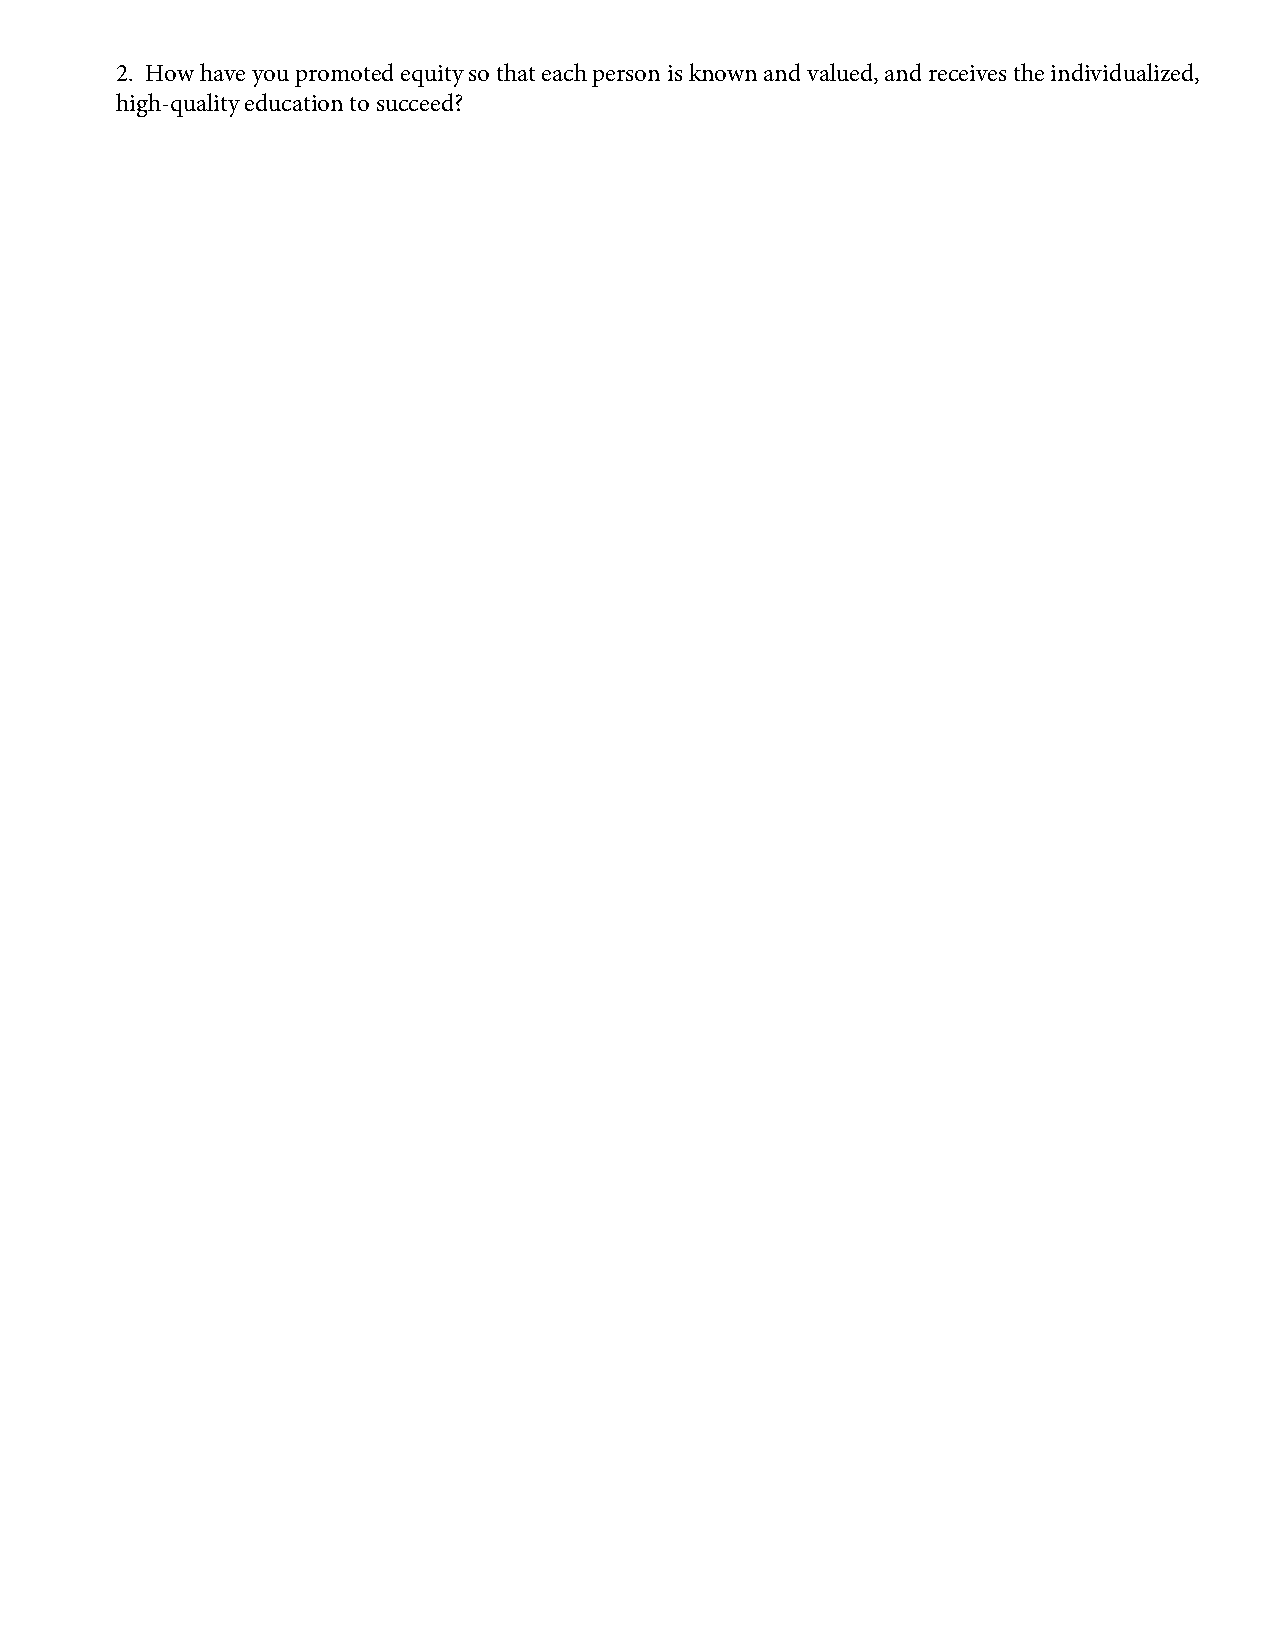
2. How have you promoted equity so that each person is known and valued, and receives the individualized,
 high-quality education to succeed?